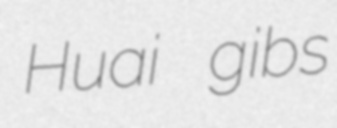
Huai gibs